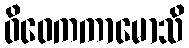
ဝိဝေကကာမောသိ